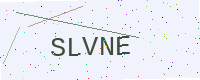
Text: SLVNE